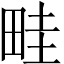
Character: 畦